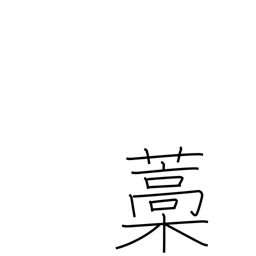
Meaning: straw